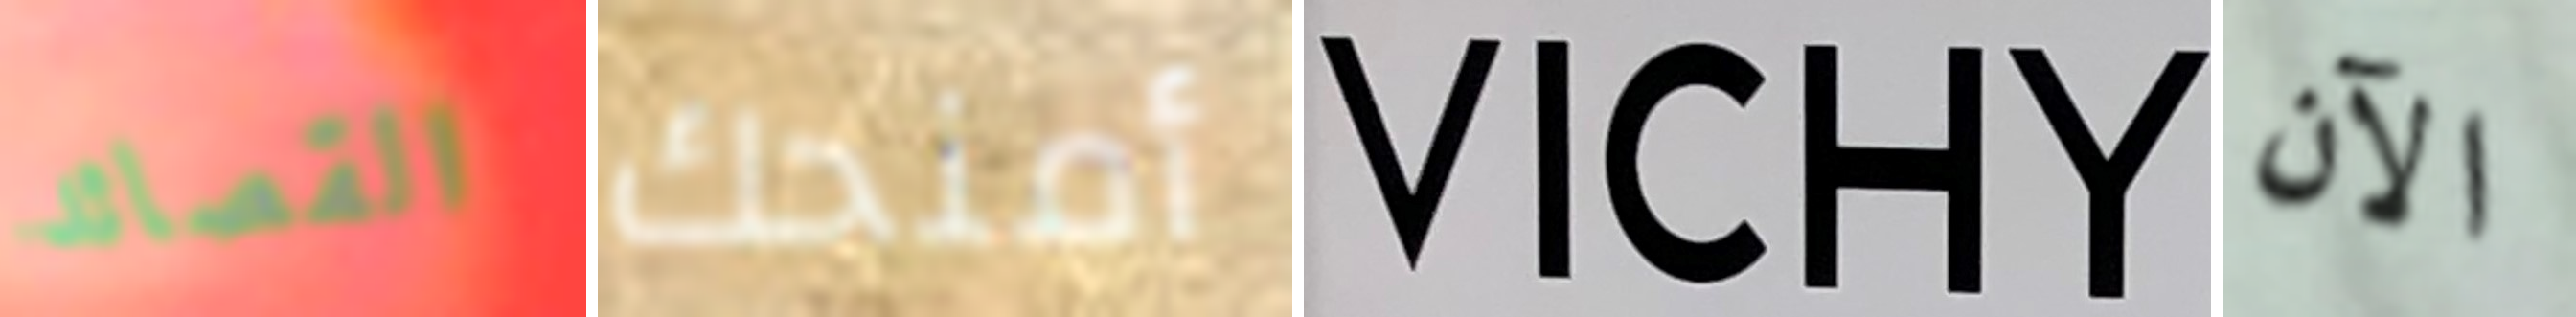
القصائد أمنحك VICHY الآن